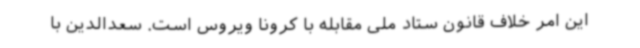
این امر خلاف قانون ستاد ملی مقابله با کرونا ویروس است. سعدالدین با